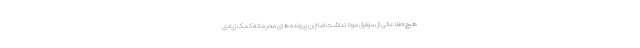
هیچ اطلاعاتی از سوابق مولا نداشت اما این پرونده های محرمانه کمک زیادی